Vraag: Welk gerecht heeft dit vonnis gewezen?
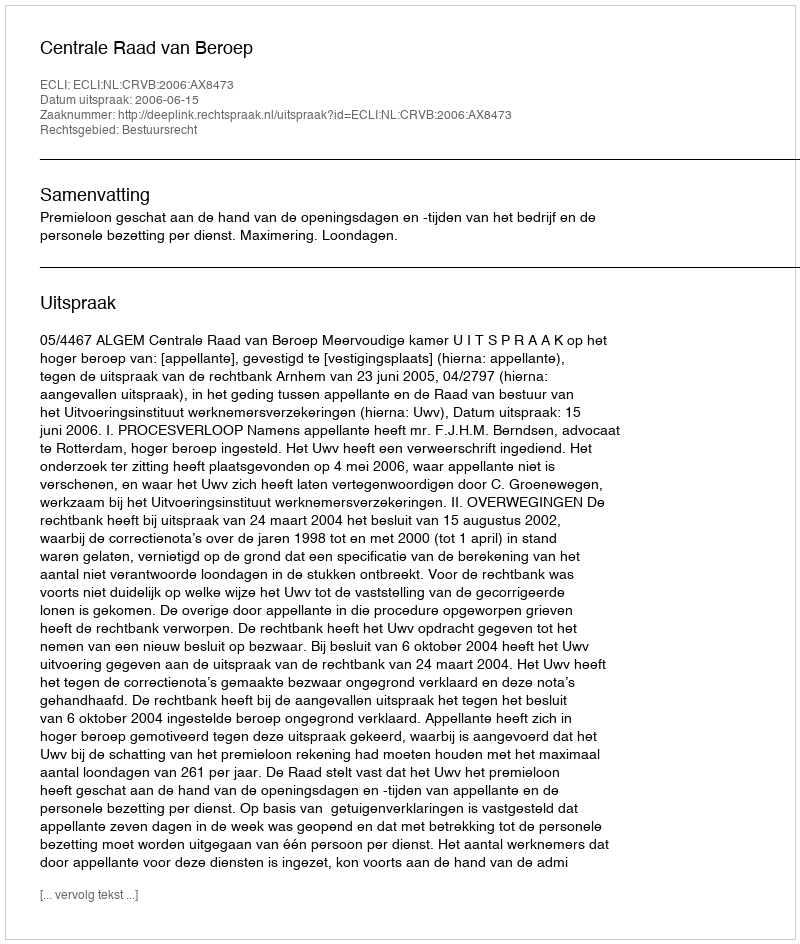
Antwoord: Centrale Raad van Beroep